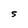
Character: S